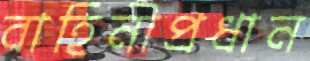
বাহিনীপ্রধান